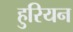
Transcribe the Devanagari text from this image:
हुरियन